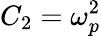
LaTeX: C_{2}=\omega_{p}^{2}